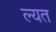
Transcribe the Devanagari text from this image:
ल्यत